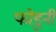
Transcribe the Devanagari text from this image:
फोडुनी